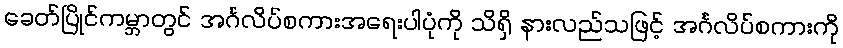
ခေတ်ပြိုင်ကမ္ဘာတွင် အင်္ဂလိပ်စကားအရေးပါပုံကို သိရှိ နားလည်သဖြင့် အင်္ဂလိပ်စကားကို